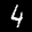
Label: 4